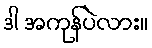
ဒါ အကုန်ပဲလား။